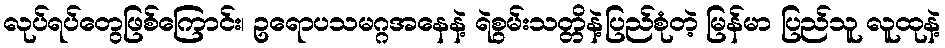
လုပ်ရပ်တွေဖြစ်ကြောင်း၊ ဥရောပသမဂ္ဂအနေနဲ့ ရဲစွမ်းသတ္တိနဲ့ပြည်စုံတဲ့ မြန်မာ ပြည်သူ လူထုနဲ့